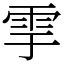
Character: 𩁹